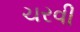
ચરવી